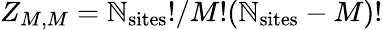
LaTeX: Z_{M,M}=\mathbb{N}_{\mathrm{{sites}}}!/M!(\mathbb{N}_{\mathrm{{sites}}}-M)!